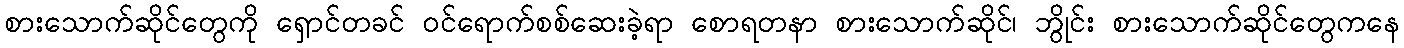
စားသောက်ဆိုင်တွေကို ရှောင်တခင် ဝင်ရောက်စစ်ဆေးခဲ့ရာ စောရတနာ စားသောက်ဆိုင်၊ ဘွိုင်း စားသောက်ဆိုင်တွေကနေ